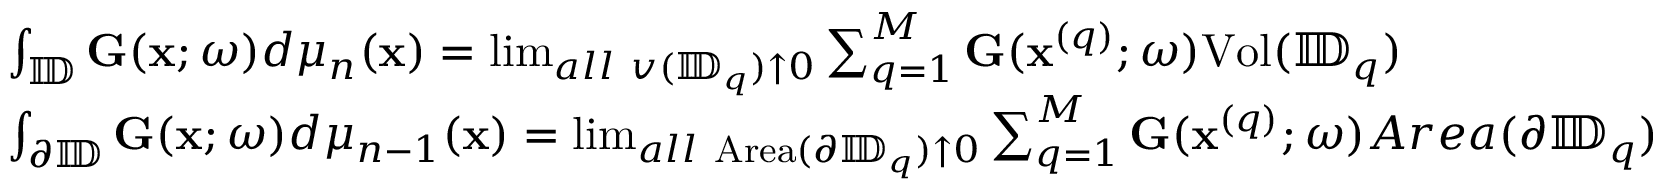
\begin{array} { r l } & { \int _ { \mathbb { I \! D } } { \mathbf { G } } { ( \mathbf { x } ; \omega ) } d \mu _ { n } ( \mathbf { x } ) = \operatorname* { l i m } _ { a l l ~ v ( { \mathbb { I \! D } } _ { q } ) \uparrow 0 } \sum _ { q = 1 } ^ { M } { \mathbf { G } } ( \mathbf { x } ^ { ( q ) } ; \omega ) \mathrm { V o l } ( \mathbb { I \! D } _ { q } ) } \\ & { \int _ { \partial \mathbb { I \! D } } { \mathbf { G } } ( \mathbf { x } ; \omega ) d \mu _ { n - 1 } ( \mathbf { x } ) = \operatorname* { l i m } _ { a l l ~ \mathrm { A r e a } ( \partial \mathbb { I \! D } _ { q } ) \uparrow 0 } \sum _ { q = 1 } ^ { M } { \mathbf { G } } ( \mathbf { x } ^ { ( q ) } ; \omega ) A r e a ( \partial \mathbb { I \! D } _ { q } ) } \end{array}